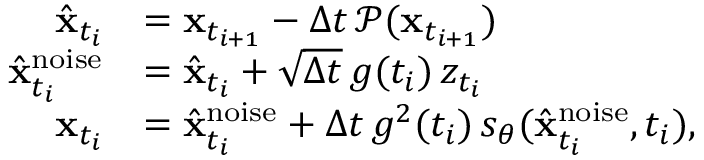
\begin{array} { r l } { \hat { \mathbf { x } } _ { t _ { i } } } & { = \mathbf { x } _ { t _ { i + 1 } } - \Delta t \, \mathcal { P } ( \mathbf { x } _ { t _ { i + 1 } } ) } \\ { \hat { \mathbf { x } } _ { t _ { i } } ^ { \mathrm { n o i s e } } } & { = \hat { \mathbf { x } } _ { t _ { i } } + \sqrt { \Delta t } \, g ( t _ { i } ) \, z _ { t _ { i } } } \\ { \mathbf { x } _ { t _ { i } } } & { = \hat { \mathbf { x } } _ { t _ { i } } ^ { \mathrm { n o i s e } } + \Delta t \, g ^ { 2 } ( t _ { i } ) \, s _ { \theta } ( \hat { \mathbf { x } } _ { t _ { i } } ^ { \mathrm { n o i s e } } , t _ { i } ) , } \end{array}